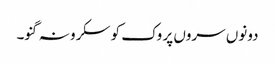
دونوں سروں پر وک کو سکرو نہ گنو۔